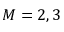
M = 2 , 3